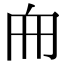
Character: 𠂥